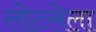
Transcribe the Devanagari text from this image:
लोटलेला